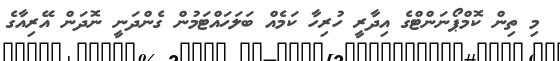
މި ތިން ކޮމްޕޯނަންޓްގެ އިދާރީ ހުރިހާ ކަމެއް ބަލަހައްޓަމުން ގެންދަނީ ނޮދަން އޭރިއާގެ